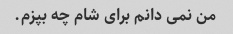
من نمی دانم برای شام چه بپزم.